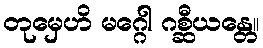
တုမှေဟိ မဂ္ဂေါ ဂစ္ဆီယန္တေ။